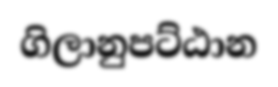
ගිලානුපට්ඨාන